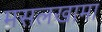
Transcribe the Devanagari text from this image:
मसलखामा